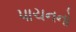
પાચનનો